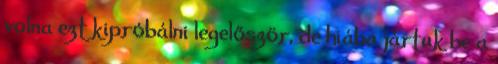
volna ezt kipróbálni legelőször, de hiába jártuk be a